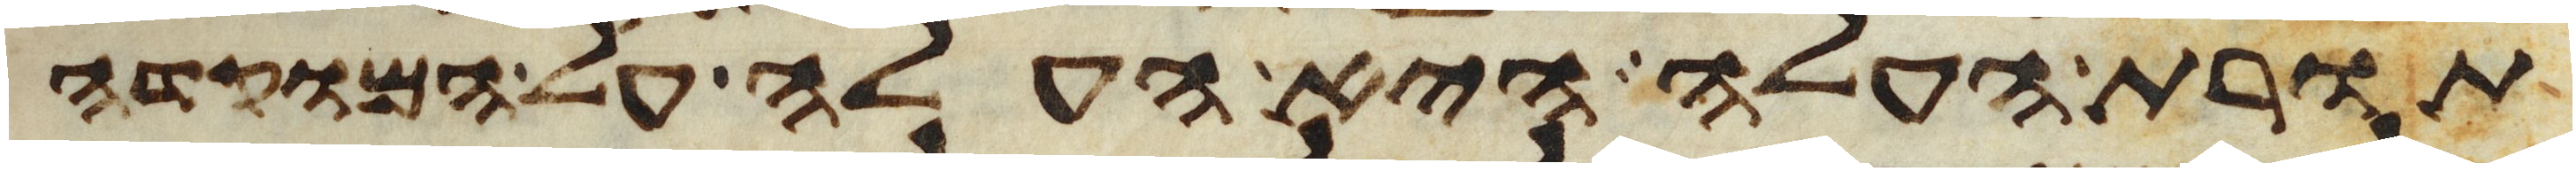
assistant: תורת העלה היא העלה על המוקדה